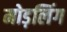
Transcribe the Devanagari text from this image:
मोड़लिंग